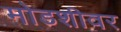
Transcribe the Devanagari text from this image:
मोडशीवर